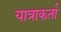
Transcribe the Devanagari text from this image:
यात्राकर्ता